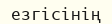
езгісінің